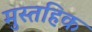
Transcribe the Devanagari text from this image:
मुस्तहिक